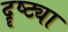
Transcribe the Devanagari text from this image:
दॄष्ट्या